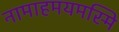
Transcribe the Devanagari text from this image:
नामाहमयमस्मि